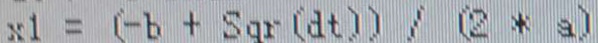
x 1 = ( - b + S q r ( d t ) ) / ( 2 \ast a )